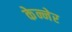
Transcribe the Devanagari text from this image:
केन्नेर